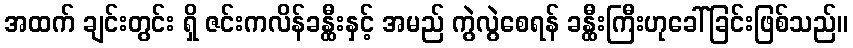
အထက် ချင်းတွင်း ရှိ ဇင်းကလိန်ခန္ထီးနှင့် အမည် ကွဲလွဲစေရန် ခန္ထီးကြီးဟုခေါ်ခြင်းဖြစ်သည်။